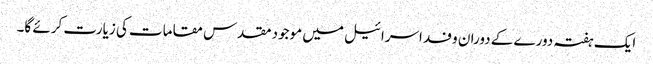
ایک ہفتہ دورے کے دوران وفد اسرائیل میں موجود مقدس مقامات کی زیارت کرئے گا۔